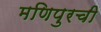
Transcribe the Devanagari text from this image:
मणिपुरची